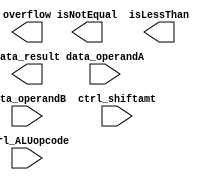
module alu(data_operandA, data_operandB, ctrl_ALUopcode, ctrl_shiftamt, data_result, isNotEqual, isLessThan, overflow);

   input [31:0] data_operandA, data_operandB;
   input [4:0] ctrl_ALUopcode, ctrl_shiftamt;

   output [31:0] data_result;
   output isNotEqual, isLessThan, overflow;

   // YOUR CODE HERE //

endmodule